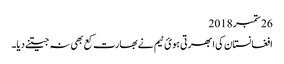
26 ستمبر 2018
افغانستان کی ابھرتی ہویٔ ٹیم نے بھارت کع بھی نہ جیتنے دیا۔